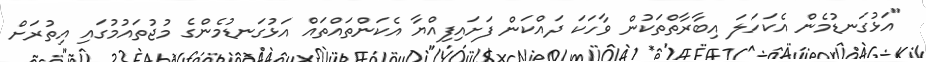
"އަޅުގަނޑުމެން އެކަހަލަ އިބާރާތްތަކުން ވާހަކަ ދައްކަން ފަށައިފިއްޔާ އެކަންތައްތައް އަޅުގަނޑުމެންގެ މުޖުތައުމުގައި އިތުރަށް